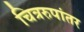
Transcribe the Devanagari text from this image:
चित्ररुपांतर